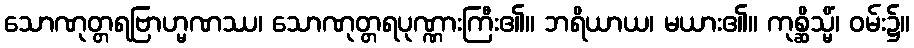
သောဏုတ္တရဗြာဟ္မဏဿ၊ သောဏုတ္တရပုဏ္ဏားကြီး၏။ ဘရိယာယ၊ မယား၏။ ကုစ္ဆိသ္မိံ၊ ဝမ်း၌။